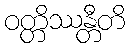
ဝတ္တိဿန္တီတိ